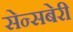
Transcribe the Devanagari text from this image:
सेन्सबेरी